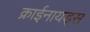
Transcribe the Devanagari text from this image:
क्राईनायड्स